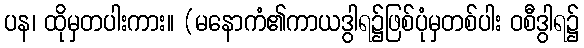
ပန၊ ထိုမှတပါးကား။ (မနောကံ၏ကာယဒွါရ၌ဖြစ်ပုံမှတစ်ပါး ဝစီဒွါရ၌